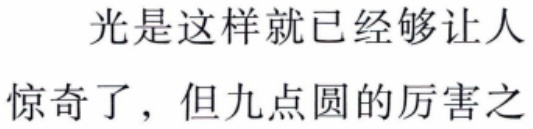
光是这样就已经够让人惊奇了，但九点圆的厉害之